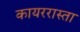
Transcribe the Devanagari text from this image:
कायररास्ता